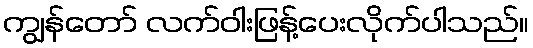
ကျွန်တော် လက်ဝါးဖြန့်ပေးလိုက်ပါသည်။